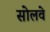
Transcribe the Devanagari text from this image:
सोलवे